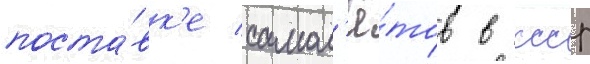
поста́вк'е самол'ё́тов в ссср